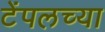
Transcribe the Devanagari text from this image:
टेंपलच्या